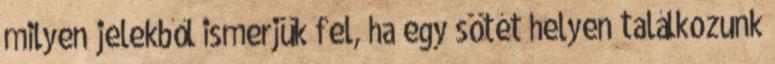
milyen jelekből ismerjük fel, ha egy sötét helyen találkozunk